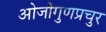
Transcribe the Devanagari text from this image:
ओजोगुणप्रचुर